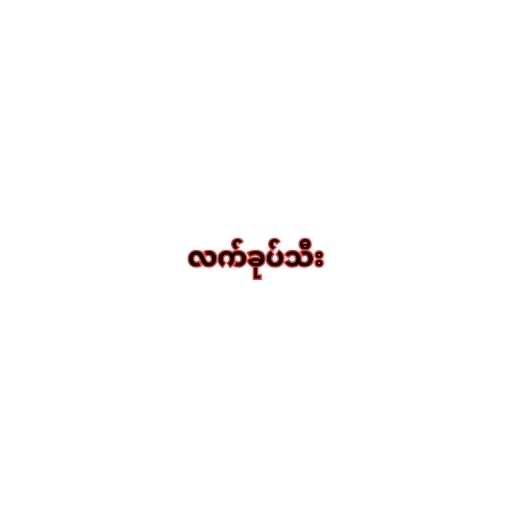
လက်ခုပ်သီး